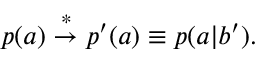
\begin{array} { r } { p ( a ) \stackrel { * } { \rightarrow } p ^ { \prime } ( a ) \equiv p ( a | b ^ { \prime } ) . } \end{array}